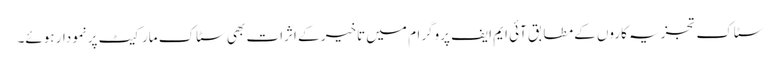
سٹاک تجزیہ کاروں کے مطابق آئی ایم ایف پروگرام میں تاخیر کے اثرات بھی سٹاک مارکیٹ پرنمودار ہوئے۔